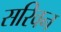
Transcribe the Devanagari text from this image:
सरिवन